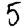
Digit: 5